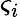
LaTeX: \varsigma_{i}